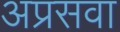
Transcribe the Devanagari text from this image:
अप्रसवा